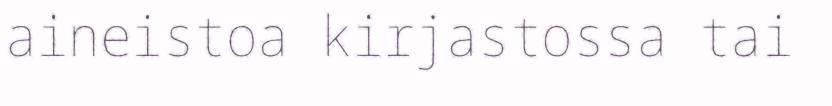
aineistoa kirjastossa tai